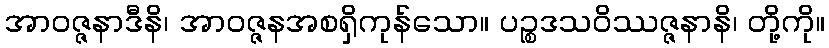
အာဝဇ္ဇနာဒီနိ၊ အာဝဇ္ဇနအစရှိကုန်သော။ ပဉ္စဒသဝိဿဇ္ဇနာနိ၊ တို့ကို။